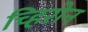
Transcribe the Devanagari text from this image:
च्हिरोन